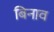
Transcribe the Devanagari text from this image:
बिनाव